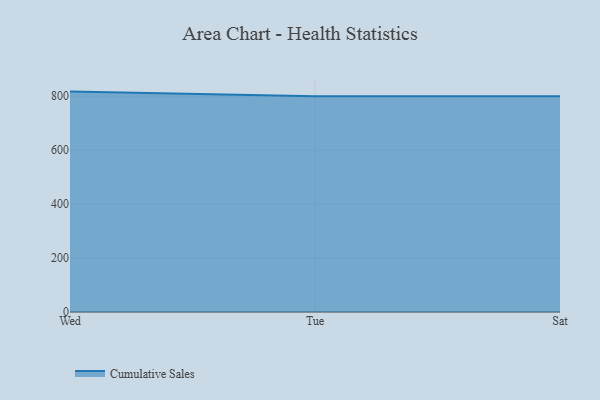
{"axis": {"x": "Day", "y": "Energy Usage (MWh)"}, "legend": ["Cumulative Sales"], "data": [{"x": "Wed", "y": 817.2, "type": "Cumulative Sales"}, {"x": "Tue", "y": 800, "type": "Cumulative Sales"}, {"x": "Sat", "y": 800, "type": "Cumulative Sales"}]}